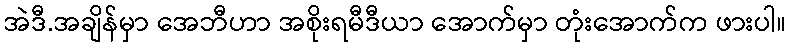
အဲဒီ.အချိန်မှာ အေဘီဟာ အစိုးရမီဒီယာ အောက်မှာ တုံးအောက်က ဖားပါ။